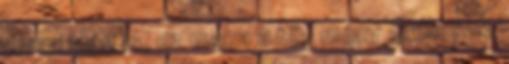
ennyi elég is, ez maga a tö- mény groteszk,